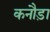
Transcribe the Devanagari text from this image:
कनौड़ा